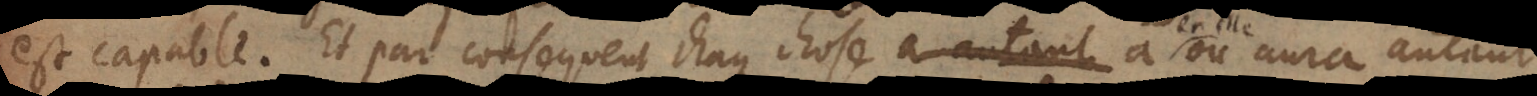
est capable. Et par consequent chaque chose a ou aura autant